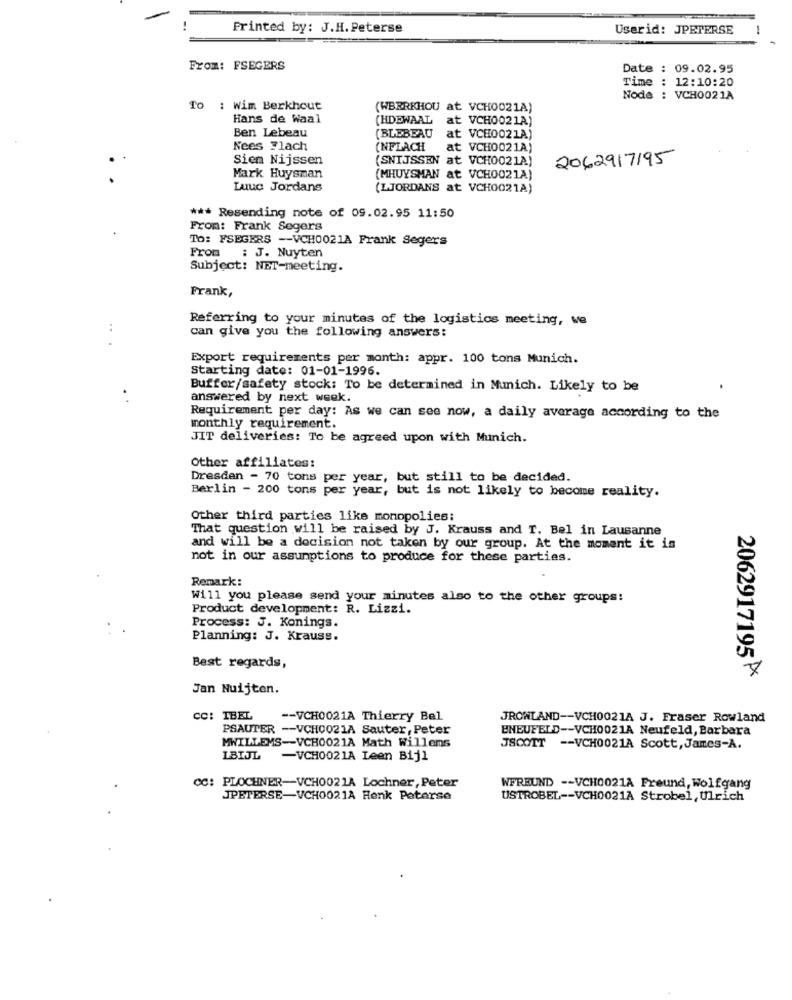
Printed by: J.H. Peterse
Userid: JPETERSE
-
From: FSEGERS
Date : 09.02.95
Time : 12:10:20
Node : VCH0021A
To : Wim Berkhout
(WBRRKHOU at VCH0021A)
Hans de Waal
(HDEWAAL at VCH0021A)
Ben Lebeau
(BLEBEAU at VCH0021A)
Nees Flach
(NFLACH
at VCH0021A)
Sien Nijssen
(SNIJSSEN at VCH0021A)
2062917195
Mark Huysman
(MHUYSMAN at VCH0021A)
Luuc Jordans
(LJORDANS at VCH0021A)
*** Resending note of 09.02.95 11:50
From: Frank Segers
To: FSEGERS -- VCH0021A Frank Segers
From : J. Nuyten
Subject: NET-meeting.
Frank,
Referring to your minutes of the logistics meeting, we
can give you the following answers:
Export requirements per month: appr. 100 tons Munich.
Starting date: 01-01-1996.
Buffer/safety stock: To be determined in Munich. Likely to be
answered by next week.
Requirement per day: As we can see now, a daily average according to the
monthly requirement.
JIT deliveries: To be agreed upon with Munich.
Other affiliates:
Dresden - 70 tons per year, but still to be decided.
Berlin - 200 tons per year, but is not likely to become reality.
Other third parties like monopolies:
That question will be raised by J. Krauss and T. Bel in Lausanne
and will be a decision not taken by our group. At the moment it is
not in our assumptions to produce for these parties.
Remark:
Will you please send your minutes also to the other groups:
Product development: R. Lizzi.
Process: J. Konings.
Planning: J. Krauss.
Best regards,
2062917195
Jan Nuijten.
CC: IBEL
-- VCH0021A Thierry Bel
JROWLAND -- VCH0021A J. Fraser Rowland
PSAUTER -- VCH0021A Sauter, Peter
BNEUFELD -- VCH0021A Neufeld, Barbara
MWILLEMS-VCH0021A Math Willems
JSCOTT -- VCH0021A Scott, James-A.
LBIJL -VCH0021A Leen Bijl
cc: PLOCHNER-VCH0021A Lochner, Peter
WFREUND -- VCH0021Å Freund, Wolfgang
JPETERSE-VCH0021A Renk Peterse
USTROBEL -- VCH0021A Strobel, Ulrich